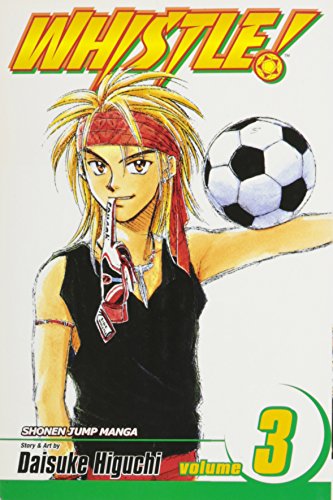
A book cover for Whistle!, Vol. 3; Daisuke Higuchi; Comics & Graphic Novels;